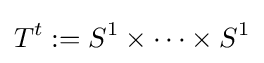
T^{t}:=S^{1}\times \cdots \times S^{1}